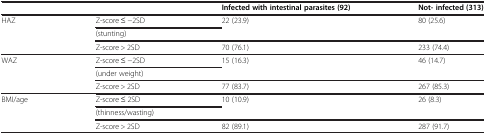
| <COLSPAN=2>  | Infected with intestinal parasites (92) | Not- infected (313) |
 | --- | --- | --- | --- |
 | <ROWSPAN=3> HAZ | Z-score ≤ −2SD | <ROWSPAN=2> 22 (23.9) | <ROWSPAN=2> 80 (25.6) |
 | (stunting) |
 | Z-score > 2SD | 70 (76.1) | 233 (74.4) |
 | <ROWSPAN=3> WAZ | Z-score ≤ −2SD | <ROWSPAN=2> 15 (16.3) | <ROWSPAN=2> 46 (14.7) |
 | (under weight) |
 | Z-score > 2SD | 77 (83.7) | 267 (85.3) |
 | <ROWSPAN=3> BMI/age | Z-score ≤ 2SD | <ROWSPAN=2> 10 (10.9) | <ROWSPAN=2> 26 (8.3) |
 | (thinness/wasting) |
 | Z-score > 2SD | 82 (89.1) | 287 (91.7) |